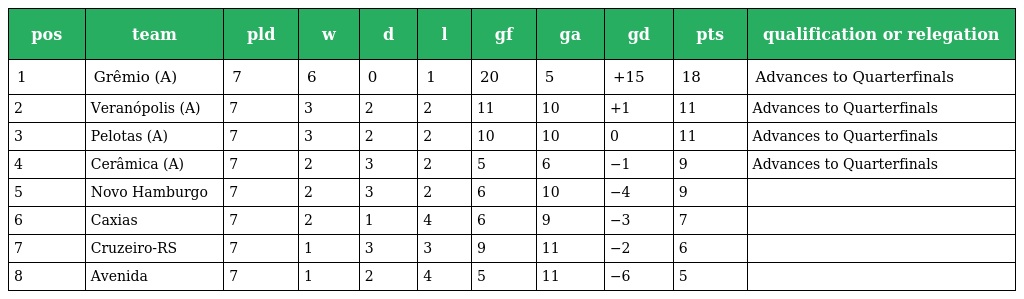
| pos | team | pld | w | d | l | gf | ga | gd | pts | qualification or relegation |
 | --- | --- | --- | --- | --- | --- | --- | --- | --- | --- | --- |
 | 1 | Grêmio (A) | 7 | 6 | 0 | 1 | 20 | 5 | +15 | 18 | Advances to Quarterfinals |
 | 2 | Veranópolis (A) | 7 | 3 | 2 | 2 | 11 | 10 | +1 | 11 | Advances to Quarterfinals |
 | 3 | Pelotas (A) | 7 | 3 | 2 | 2 | 10 | 10 | 0 | 11 | Advances to Quarterfinals |
 | 4 | Cerâmica (A) | 7 | 2 | 3 | 2 | 5 | 6 | −1 | 9 | Advances to Quarterfinals |
 | 5 | Novo Hamburgo | 7 | 2 | 3 | 2 | 6 | 10 | −4 | 9 |  |
 | 6 | Caxias | 7 | 2 | 1 | 4 | 6 | 9 | −3 | 7 |  |
 | 7 | Cruzeiro-RS | 7 | 1 | 3 | 3 | 9 | 11 | −2 | 6 |  |
 | 8 | Avenida | 7 | 1 | 2 | 4 | 5 | 11 | −6 | 5 |  |